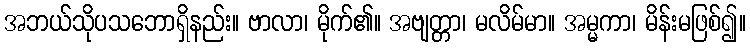
အဘယ်သိုပသဘောရှိနည်း။ ဗာလာ၊ မိုက်၏။ အဗျတ္တာ၊ မလိမ်မာ။ အမ္မကာ၊ မိန်းမဖြစ်၍။